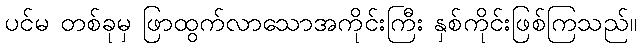
ပင်မ တစ်ခုမှ ဖြာထွက်လာသောအကိုင်းကြီး နှစ်ကိုင်းဖြစ်ကြသည်။